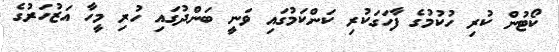
ކޯޓުން ކުރި ހުކުމުގެ ފާހަގަކުރި ކަންކަމުގައި ވަނީ ބަންދުގައި ހުރި މީހާ އަޒުހަރުގެ